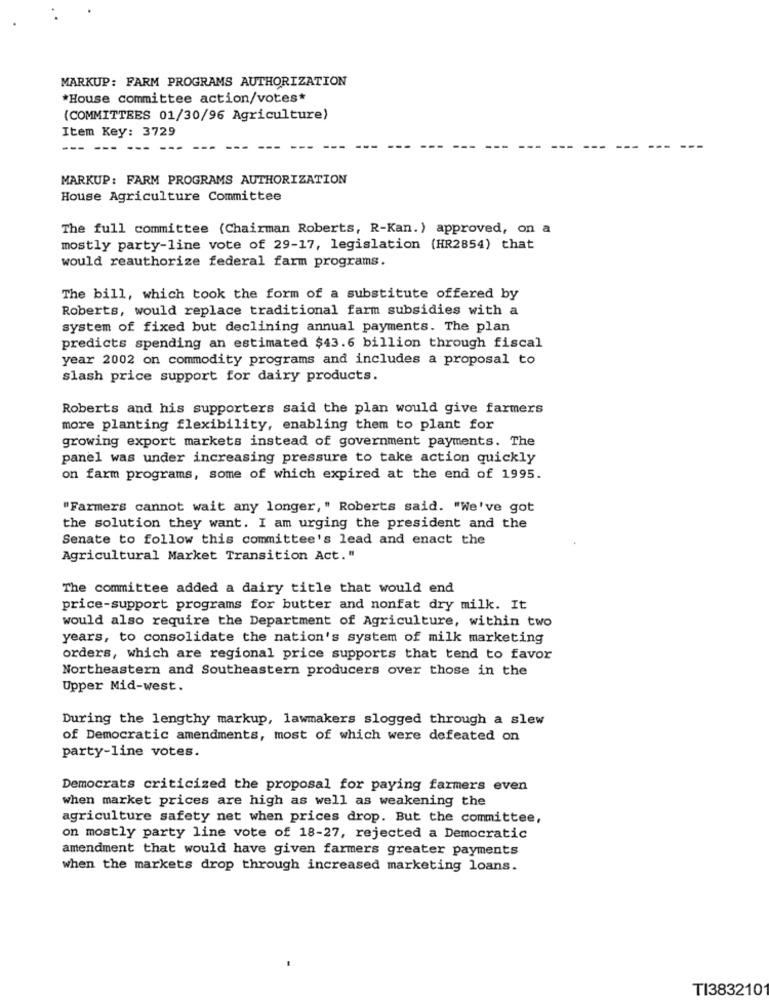
MARKUP: FARM PROGRAMS AUTHORIZATION
*House committee action/votes*
(COMMITTEES 01/30/96 Agriculture)
Item Key: 3729
------ --- ---
MARKUP: FARM PROGRAMS AUTHORIZATION
House Agriculture Committee
The full committee (Chairman Roberts, R-Kan. ) approved, on a
mostly party-line vote of 29-17, legislation (HR2854) that
would reauthorize federal farm programs.
The bill, which took the form of a substitute offered by
Roberts, would replace traditional farm subsidies with a
system of fixed but declining annual payments. The plan
predicts spending an estimated $43.6 billion through fiscal
year 2002 on commodity programs and includes a proposal to
slash price support for dairy products.
Roberts and his supporters said the plan would give farmers
more planting flexibility, enabling them to plant for
growing export markets instead of government payments. The
panel was under increasing pressure to take action quickly
on farm programs, some of which expired at the end of 1995.
"Farmers cannot wait any longer," Roberts said. "We've got
the solution they want. I am urging the president and the
Senate to follow this committee's lead and enact the
Agricultural Market Transition Act."
The committee added a dairy title that would end
price-support programs for butter and nonfat dry milk. It
would also require the Department of Agriculture, within two
years, to consolidate the nation's system of milk marketing
orders, which are regional price supports that tend to favor
Northeastern and Southeastern producers over those in the
Upper Mid-west.
During the lengthy markup, lawmakers slogged through a slew
of Democratic amendments, most of which were defeated on
party-line votes.
Democrats criticized the proposal for paying farmers even
when market prices are high as well as weakening the
agriculture safety net when prices drop. But the committee,
on mostly party line vote of 18-27, rejected a Democratic
amendment that would have given farmers greater payments
when the markets drop through increased marketing loans.
TI383210